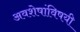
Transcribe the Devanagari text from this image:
अवशेषांविषयी